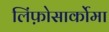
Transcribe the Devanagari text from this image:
लिंफ़ोसार्कोमा